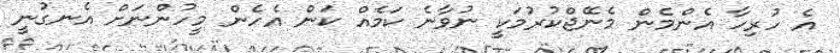
އެ ހުރިހާ އެންމެން މެނޭޖްކުރުމަކީ ނުވާނެ ކަމެއް ކަން އެހެން މީހުންނަށް އެނގުނީ